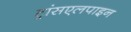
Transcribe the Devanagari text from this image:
ट्रांसएलपाइन